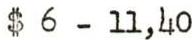
$ 6 - 11,40